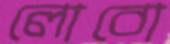
লোবো